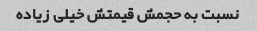
نسبت به حجمش قیمتش خیلی زیاده